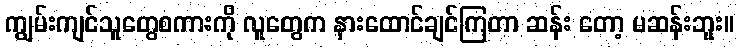
ကျွမ်းကျင်သူတွေစကားကို လူတွေက နားထောင်ချင်ကြတာ ဆန်း တော့ မဆန်းဘူး။